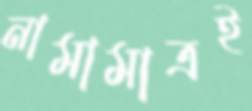
নামামাত্রই